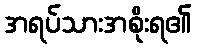
အရပ်သားအစိုးရ၏